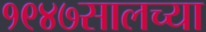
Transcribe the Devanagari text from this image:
१९४७सालच्या